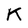
Character: K